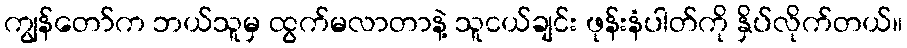
ကျွန်တော်က ဘယ်သူမှ ထွက်မလာတာနဲ့ သူငယ်ချင်း ဖုန်းနံပါတ်ကို နှိပ်လိုက်တယ်။